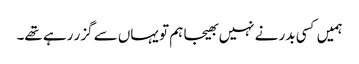
ہمیں کسی بدر نے نہیں بھیجا ہم تو یہاں سے گزر رہے تھے۔